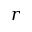
r